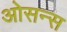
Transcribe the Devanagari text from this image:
ओसन्स